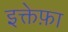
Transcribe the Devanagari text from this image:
इक्तेफ़ा